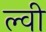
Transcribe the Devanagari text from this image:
ल्वी